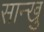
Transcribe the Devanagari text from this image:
सान्खु